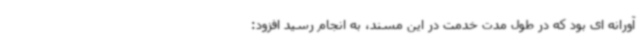
آورانه ای بود که در طول مدت خدمت در این مسند، به انجام رسید افزود: